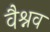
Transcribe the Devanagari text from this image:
वैश्नव